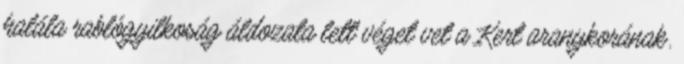
halála rablógyilkoság áldozata lett véget vet a Kert aranykorának.